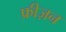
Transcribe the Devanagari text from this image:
फ्रीज़न